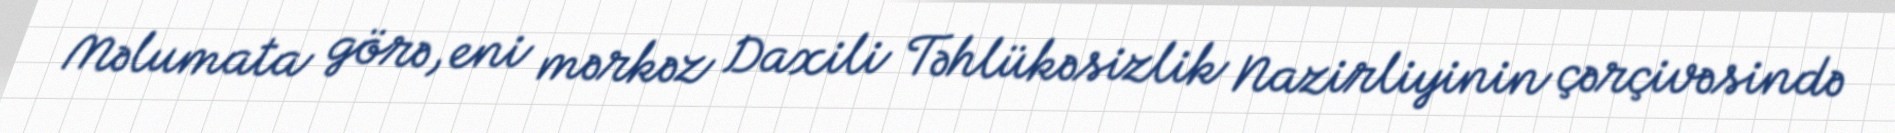
Məlumata görə, eni mərkəz Daxili Təhlükəsizlik Nazirliyinin çərçivəsində